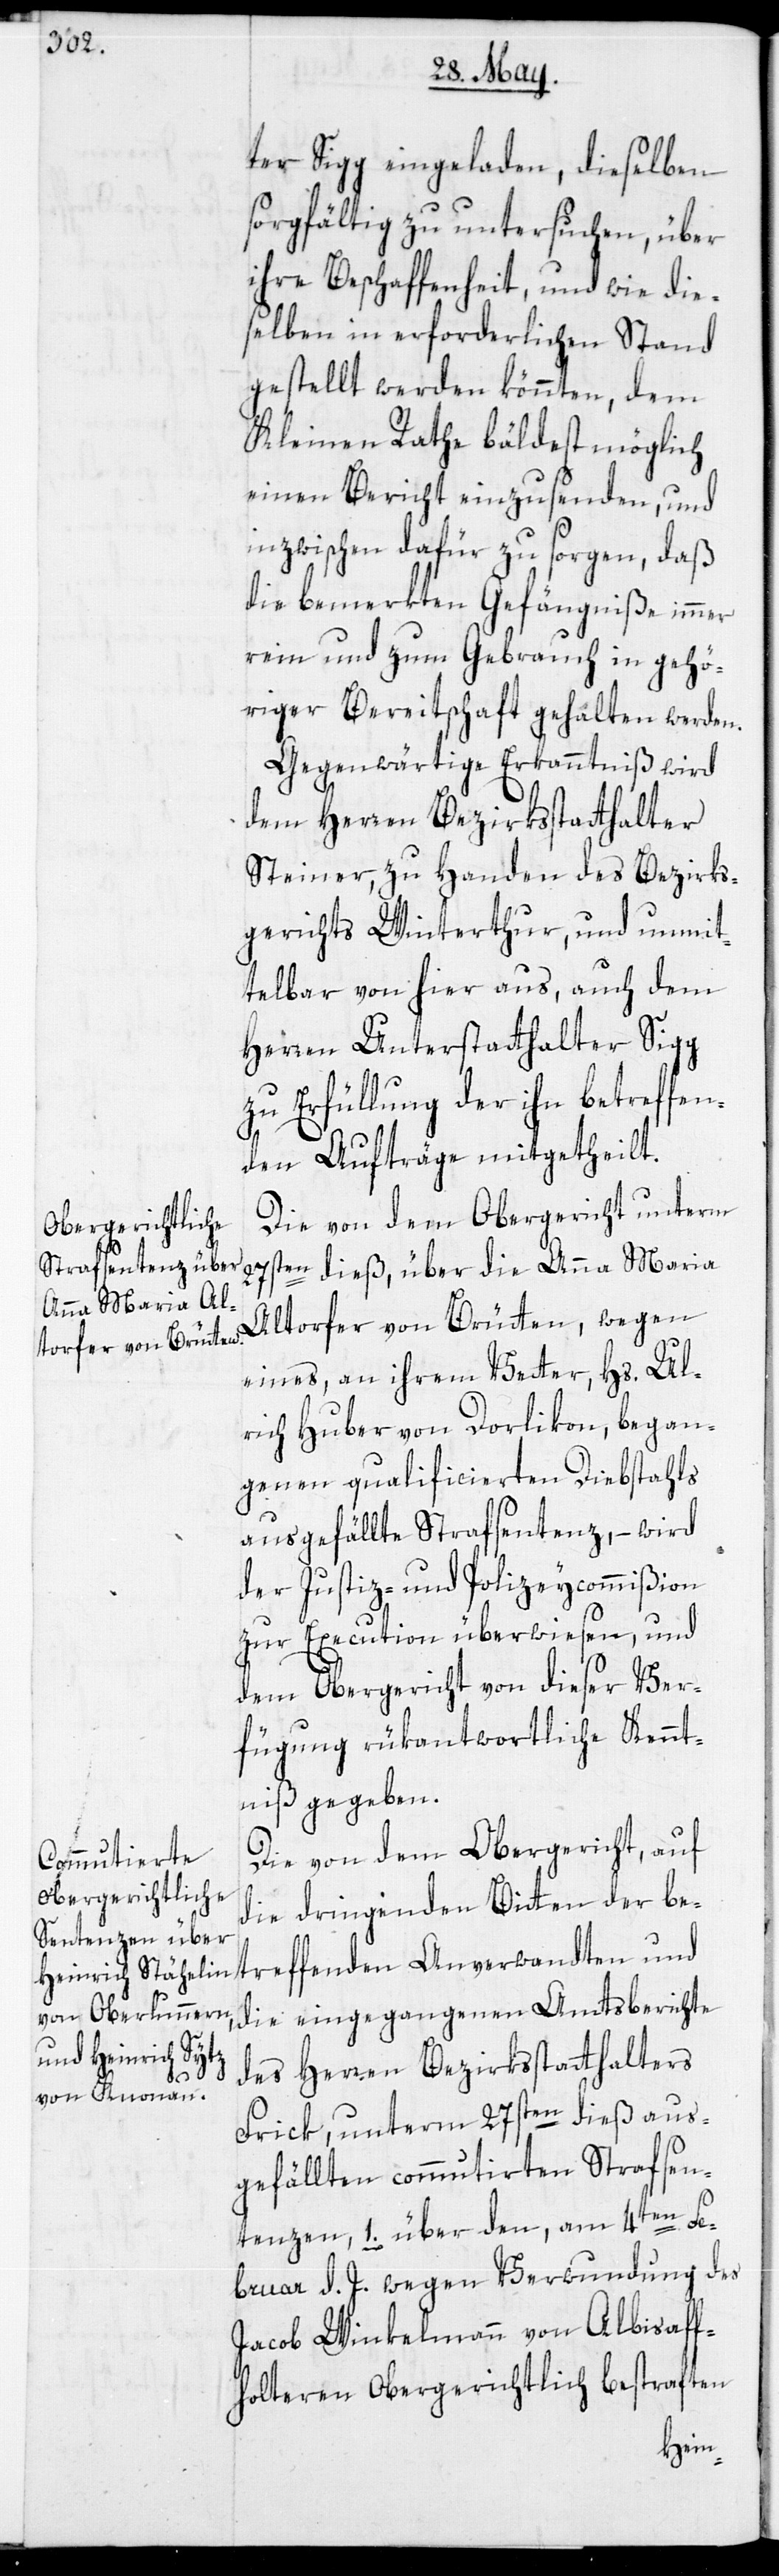
ter Sigg eingeladen, dieselben
sorgfältig zu untersuchen, über
ihre Beschaffenheit, und wie die¬
selben in erforderlichen Stand
gestellt werden könnten, dem
Kleinen Rathe bäldest möglich
einen Bericht einzusenden, und
inzwischen dafür zu sorgen, daß
die bemerkten Gefängniße immer
rein und zum Gebrauch in gehö¬
riger Bereitschaft gehalten werden.
Gegenwärtige Erkanntniß wird
dem Herren Bezirksstatthalter
Steiner, zu Handen des Bezirks¬
gerichts Winterthur, und unmit¬
telbar von hier aus, auch dem
Herren Unterstatthalter Sigg
zu Erfüllung der ihn betreffen¬
den Aufträge mitgetheilt.
Die von dem Obergericht unterm
27sten dieß, über die Anna Maria
Altorfer von Brütten, wegen
eines, an ihrem Vetter, Hs. Ul¬
rich Huber von Dorlikon, began¬
genen qualificierten Diebstahls
ausgefällte Strafsentenz, – wird
der Justiz- und Polizeycommißion
zur Execution überwiesen, und
dem Obergericht von dieser Ver¬
fügung rükantwortliche Kennt¬
niß gegeben.
Die von dem Obergericht, auf
die dringenden Bitten der be¬
die eingegangenen Amtsberichte
des Herren Bezirksstatthalters
Frick, unterm 27sten dieß aus¬
gefällten commutierten Strafsen¬
tenzen, 1. über den, am 4ten Fe¬
bruar d. J. wegen Verwundung des
Jacob Winkelmann von Albisaf¬
folteren Obergerichtlich bestraften
fenden